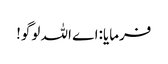
فرمایا:اے اللہ لوگو!